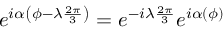
e ^ { i \alpha \left( \phi - \lambda \frac { 2 \pi } { 3 } \right) } = e ^ { - i \lambda \frac { 2 \pi } { 3 } } e ^ { i \alpha ( \phi ) }